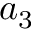
a _ { 3 }